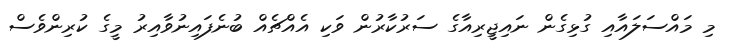
މި މައްސަލައާއި ގުޅިގެން ނައިޖީރިއާގެ ސަރުކާރުން ވަކި އެއްޗެއް ބުނެފައިނުވާއިރު މީގެ ކުރިންވެސް